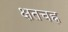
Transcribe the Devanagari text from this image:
क्षतचह्न